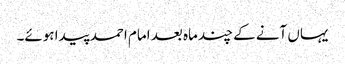
یہاں آنے کے چند ماہ بعد امام احمد پیدا ہوئے۔